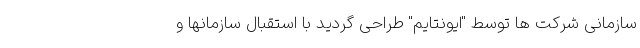
سازمانی شرکت ها توسط "ایونتایم" طراحی گردید با استقبال سازمانها و